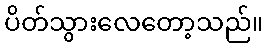
ပိတ်သွားလေတော့သည်။